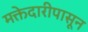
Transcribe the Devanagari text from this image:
मक्तेदारीपासून